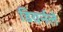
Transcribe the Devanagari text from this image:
डियर्नले